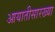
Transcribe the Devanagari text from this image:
आयातीसारख्या